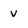
Character: v